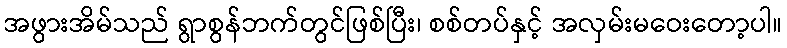
အဖွားအိမ်သည် ရွာစွန်ဘက်တွင်ဖြစ်ပြီး၊ စစ်တပ်နှင့် အလှမ်းမဝေးတော့ပါ။